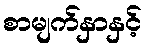
စာမျက်နှာနှင့်